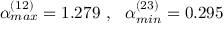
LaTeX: \alpha _ { m a x } ^ { ( 1 2 ) } = 1 . 2 7 9 \ , \ \ \alpha _ { m i n } ^ { ( 2 3 ) } = 0 . 2 9 5